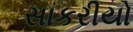
સાકરીયો